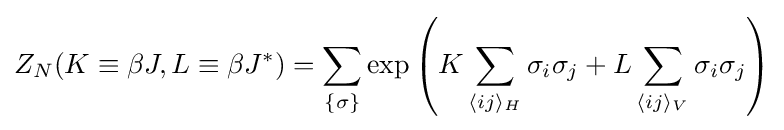
Z_{N}(K\equiv \beta J,L\equiv \beta J^{*})=\sum _{\{\sigma \}}\exp \left(K\sum _{\langle ij\rangle _{H}}\sigma _{i}\sigma _{j}+L\sum _{\langle ij\rangle _{V}}\sigma _{i}\sigma _{j}\right)